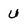
Character: U